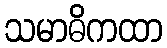
သမာဓိကထာ